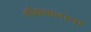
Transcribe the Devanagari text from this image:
लोककल्पना